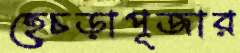
হেচড়াপূজার